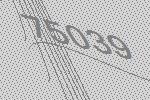
75039